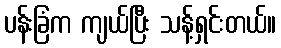
ပန်းခြံက ကျယ်ပြီး သန့်ရှင်းတယ်။